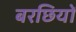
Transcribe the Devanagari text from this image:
बरछियों